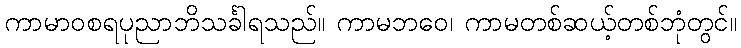
ကာမာဝစရပုညာဘိသင်္ခါရသည်။ ကာမဘဝေ၊ ကာမတစ်ဆယ့်တစ်ဘုံတွင်။